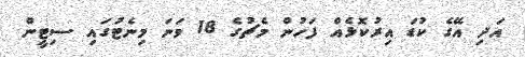
އަދި އޭގެ ކުޑަ އިރުކޮޅެއް ފަހުން މެޗުގެ 18 ވަނަ މިނެޓުގައި ސިޓީން